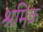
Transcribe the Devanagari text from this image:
श्रमिक